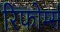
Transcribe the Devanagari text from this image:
रिफोर्म्स